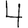
Digit: 4